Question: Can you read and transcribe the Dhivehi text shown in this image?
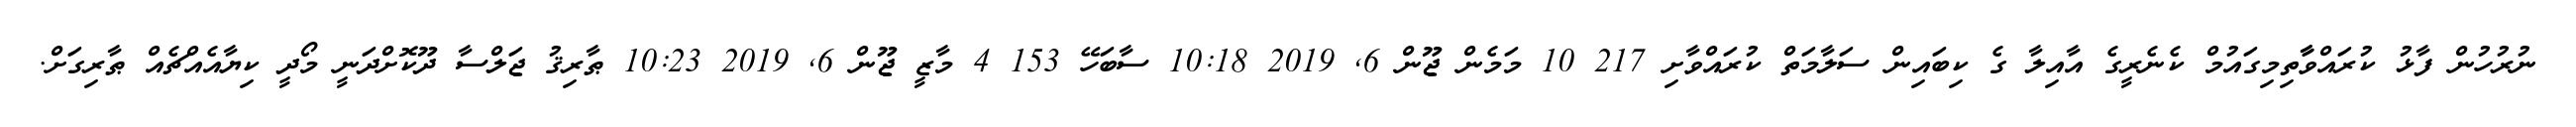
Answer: ނުރުހުން ފާޅު ކުރައްވާާތިމިގައުމް ކެނެރީގެ އާއިލާ ގެ ކިބައިން ސަލާމަތް ކުރައްވާށި 217 10 މަމެން ޖޫން 6, 2019 10:18 ސާބަހޭ 153 4 މާޒީ ޖޫން 6, 2019 10:23 ޠާރިޤު ޖަލްސާ ދޫކޮށްދަނީ މޯދީ ކިޔާއެއްޗެއް ޠާރިގަށް.